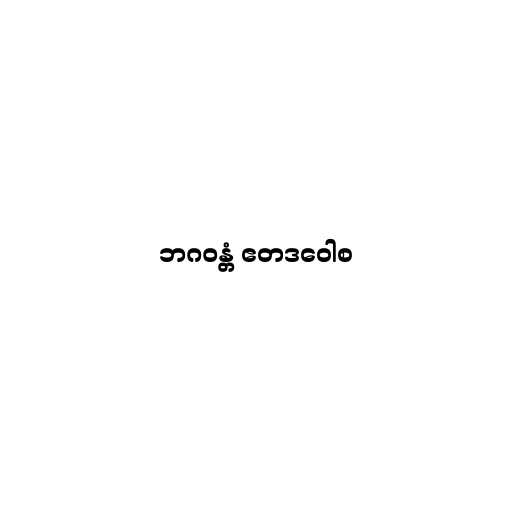
ဘဂဝန္တံ ဧတဒဝေါစ